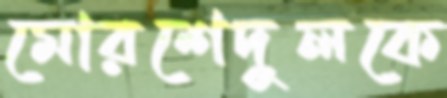
মোরশেদুলকে